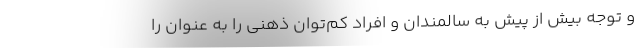
و توجه بیش از پیش به سالمندان و افراد کم‌توان ذهنی را به عنوان را